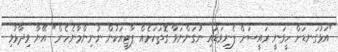
"އަޅުގަނޑަށް ހީވަނީ ރައީސަށް ފެނިވަޑައި ނުގަންނަވާ ގޮތަކަށެއް ޕާޓީއަކުން ނުނިންމާނެހެން" އޭނާ ވިދާޅުވި